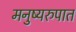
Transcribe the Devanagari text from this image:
मनुष्यरुपात